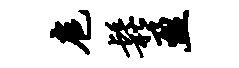
扈松盈